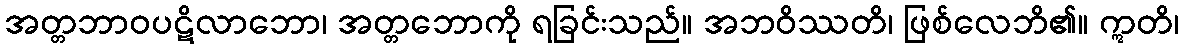
အတ္တဘာဝပဋိလာဘော၊ အတ္တဘောကို ရခြင်းသည်။ အဘဝိဿတိ၊ ဖြစ်လေဘိ၏။ ဣတိ၊